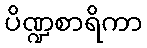
ပိဏ္ဍစာရိကာ